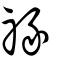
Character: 禒